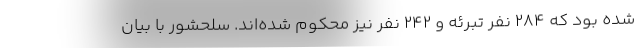
شده بود که ۲۸۴ نفر تبرئه و ۲۴۲ نفر نیز محکوم شده‌اند. سلحشور با بیان